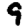
Digit: 9